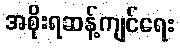
အစိုးရဆန့်ကျင်ရေး